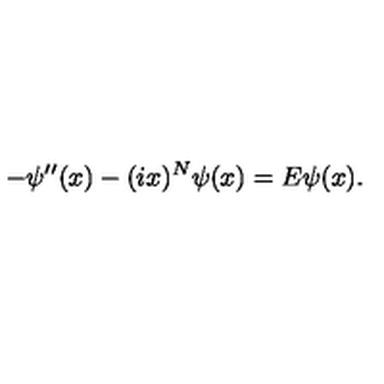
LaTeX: - \psi ^ { \prime \prime } ( x ) - ( i x ) ^ { N } \psi ( x ) = E \psi ( x ) .